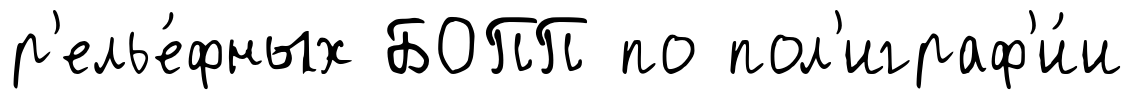
р'елье́фных БОПП по пол'играф'и́и